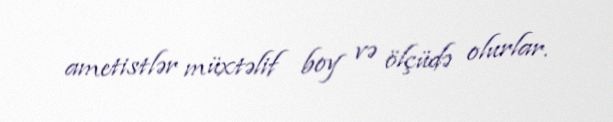
ametistlər müxtəlif boy və ölçüdə olurlar.